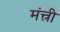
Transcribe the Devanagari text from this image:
मंत्त्री